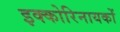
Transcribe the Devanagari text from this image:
इक्कोरिनायकों